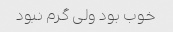
خوب بود ولی گرم نبود